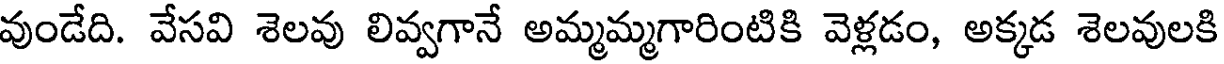
వుండేది. వేసవి శెలవు లివ్వగానే అమ్మమ్మగారింటికి వెళ్లడం, అక్కడ శెలవులకి